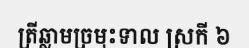
ត្រីឆ្លាមច្រមុះទាល ស្រកី ៦